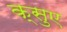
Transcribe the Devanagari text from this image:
क्सुए